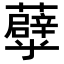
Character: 𧄀